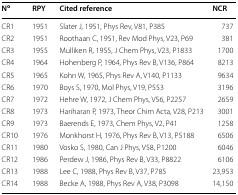
<table><thead><tr><td><b>N<sup>o</sup></b></td><td><b>RPY</b></td><td><b>Cited reference</b></td><td><b>NCR</b></td></tr></thead><tbody><tr><td>CR1</td><td>1951</td><td>Slater J, 1951, Phys Rev, V81, P385</td><td>737</td></tr><tr><td>CR2</td><td>1951</td><td>Roothaan C, 1951, Rev Mod Phys, V23, P69</td><td>381</td></tr><tr><td>CR3</td><td>1955</td><td>Mulliken R, 1955, J Chem Phys, V23, P1833</td><td>1700</td></tr><tr><td>CR4</td><td>1964</td><td>Hohenberg P, 1964, Phys Rev B, V136, P864</td><td>8213</td></tr><tr><td>CR5</td><td>1965</td><td>Kohn W, 1965, Phys Rev A, V140, P1133</td><td>9634</td></tr><tr><td>CR6</td><td>1970</td><td>Boys S, 1970, Mol Phys, V19, P553</td><td>3196</td></tr><tr><td>CR7</td><td>1972</td><td>Hehre W, 1972, J Chem Phys, V56, P2257</td><td>2659</td></tr><tr><td>CR8</td><td>1973</td><td>Hariharan P, 1973, Theor Chim Acta, V28, P213</td><td>3001</td></tr><tr><td>CR9</td><td>1973</td><td>Baerends E, 1973, Chem Phys, V2, P41</td><td>1258</td></tr><tr><td>CR10</td><td>1976</td><td>Monkhorst H, 1976, Phys Rev B, V13, P5188</td><td>6506</td></tr><tr><td>CR11</td><td>1980</td><td>Vosko S, 1980, Can J Phys, V58, P1200</td><td>6046</td></tr><tr><td>CR12</td><td>1986</td><td>Perdew J, 1986, Phys Rev B, V33, P8822</td><td>6106</td></tr><tr><td>CR13</td><td>1988</td><td>Lee C, 1988, Phys Rev B, V37, P785</td><td>23,953</td></tr><tr><td>CR14</td><td>1988</td><td>Becke A, 1988, Phys Rev A, V38, P3098</td><td>14,150</td></tr></tbody></table>